Report on vaccination in Madras 1904-1921 - 1904-1921
Year: 1904
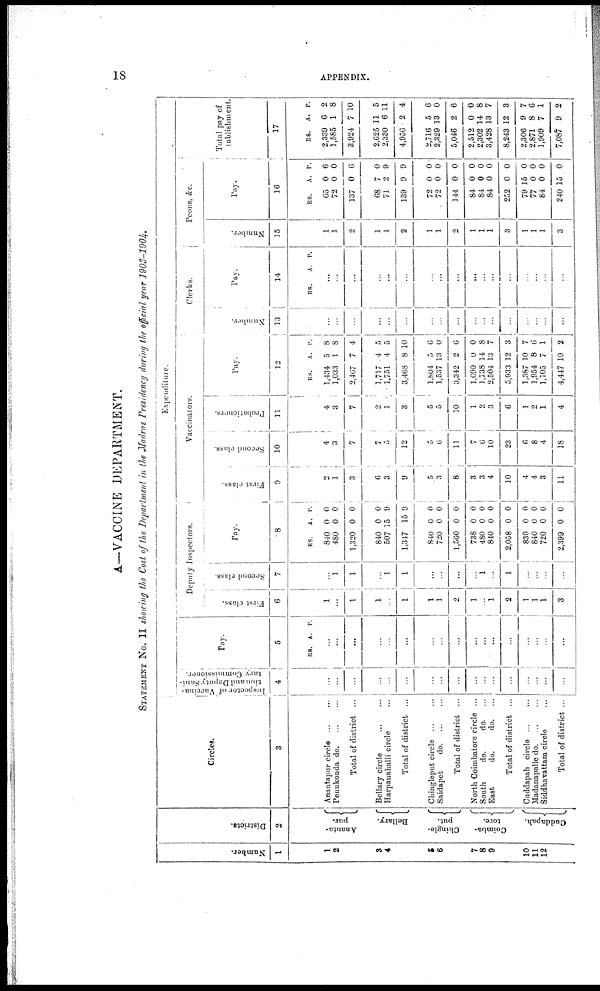
18
APPENDIX.
A—VACCINE DEPARTMENT.
STATEMENT NO. II showing the Cost of the Department in the Madras Presidency during the official year 1903-1904.
Number.
1
1
2
3
4
5
6
7
8
9
10
11
12
Districts.
2
Ananta¬
pur.
Bellary.
Chingle-
put.
Coimba-
tore.
Cuddapah.
Circles.
3
Anantapur circle
...
...
Penukonda do. ... ...
Total of district ...
Bellary circle
...
...
Harpanahalli circle ...
Total of district ...
Chingleput circle ... ...
Saidapet
do. ... ...
Total of district ...
North Coimbatore circle ...
South
do.
do. ...
East
do.
do. ...
Total of district ...
Cuddapah circle
...
Madanapalle do ...
Siddhavattam circle
Total of district ...
Expenditure.
Inspector of Vaccina-
tion and Depnty Sani-
tary Commissioner.
4
...
...
...
...
...
...
...
...
...
...
... ...
...
...
...
...
...
Pay.
5
RS. A. P.
...
...
...
...
...
...
...
...
...
...
...
...
...
...
...
...
...
Deputy Inspectors.
First class.
6
1
...
1
1
...
1
1
1
2
1
... 1
2
1
1
1
3
Second class.
7
...
...
1
...
1
1
...
...
...
...
...
...
1
...
...
...
...
Pay.
8
RS.
840
480
1,320
840
507
1,347
840
720
1,560
738
480
840
2,058
839
840
720
2,399
A.
0
0
0
0
15
15
0
0
0
0
0
0
0
0
0
0
0
P.
0
0
0
0
9
9
0
0
0
0
0
0
0
0
0
0
0
Vaccinators.
First class.
9
2
1
3
6
3
9
5
3
8
3
3
4
10
4
4
3
11
Second class.
10
4
3
7
7
5
12
5
6
11
7
6
10
23
6
8
4
18
Probationers.
11
4
3
7
2
1
3
5
5
10
1
2
3
6
1
2
1
4
Pay.
12
RS.
1,434
1,033
2,467
1,717
1,751
3,468
1,804
1,537
3,342
1,690
1,738
2,504
5,933
1,387
1,954
1,105
4,447
A.
5
1
7
4
4
8
5
13
2
0
14
13
12
10
8
7
10
R.
8
8
4
5
5
10
6
0
6
0
8
7
3
7
6
1
2
Clerks.
Number.
13
...
...
...
...
...
...
...
...
...
...
...
...
...
...
...
...
...
Pay.
14
RS.
A. P.
...
...
...
...
...
...
...
...
...
...
...
...
...
...
...
...
...
Peons, &c.
Number.
15
1
1
2
1
1
2
1
1
2
1
1
1
3
1
1
1
3
Pay.
16
RS.
65
72
137
68
71
139
72
72
144
84
84
84
252
79
77
84
240
A.
0
0
0
7
2
9
0
0
0
0
0
0
0
15
0
0
15
P.
6
0
6
0
9
9
0
0
0
0
0
0
0
0
0
0
0
Total pay of
tablishment.
17
RS.
2,339
1,585
3,924
2,625
2,330
4,956
2,716
2,329
5,046
2,512
2,302
3,428
8,243
2,306
2,871
1,909
7,087
A.
6
1
7
11
6
2
5
13
2
0
14
13
12
9
8
7
9
P.
2
8
10
5
11
4
6
0
6
0
8
7
3
7
6
1
2